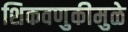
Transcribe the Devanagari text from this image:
शिकवणुकीमुळे